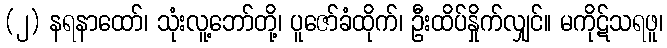
(၂) နရနာထော်၊ သုံးလူ့ဘော်တို့၊ ပူဇော်ခံထိုက်၊ ဦးထိပ်နှိုက်လျှင်။ မကိုဋ်သရဖူ၊